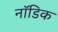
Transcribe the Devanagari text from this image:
नॉडिक